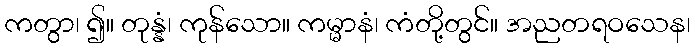
ကတွာ၊ ၍။ တုန္နံ၊ ကုန်သော။ ကမ္မာနံ၊ ကံတို့တွင်။ အညတရဝသေန၊